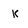
Character: k